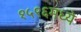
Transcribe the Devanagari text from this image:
१५९६मध्ये